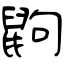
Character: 鼩